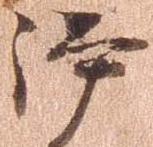
謹